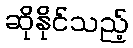
ဆိုနိုင်သည့်